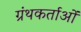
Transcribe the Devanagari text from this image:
ग्रंथकर्ताओं